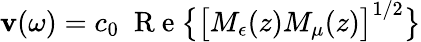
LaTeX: \mathbf{v}(\omega)=c_{0}\; \mathrm{{~R~e~}}\big\{ \big[M_{\epsilon}(z)M_{\mu}(z)\big]^{1/2}\big\}